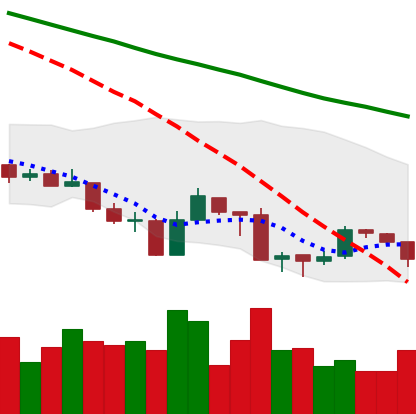
Ticker: ADA-USD
Chart end date: 2019-08-21
Forward return: 5.485%
Label: up_5_7